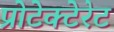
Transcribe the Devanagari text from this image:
प्रोटेक्टेरेट